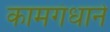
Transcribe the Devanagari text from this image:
कामगंधाने